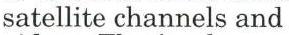
satellite channels and